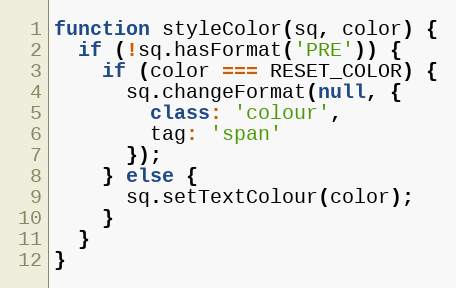
Language: JavaScript
function styleColor(sq, color) {
  if (!sq.hasFormat('PRE')) {
    if (color === RESET_COLOR) {
      sq.changeFormat(null, {
        class: 'colour',
        tag: 'span'
      });
    } else {
      sq.setTextColour(color);
    }
  }
}